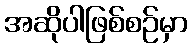
အဆိုပါဖြစ်စဉ်မှာ